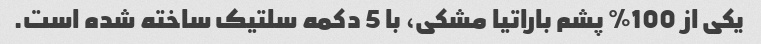
یکی از 100% پشم باراتیا مشکی، با 5 دکمه سلتیک ساخته شده است.